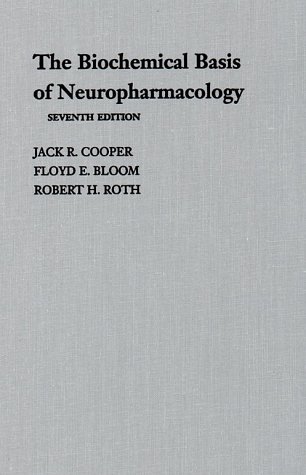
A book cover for The Biochemical Basis of Neuropharmacology; Jack R. Cooper; Medical Books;